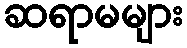
ဆရာမများ